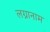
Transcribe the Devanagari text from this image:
लग्नानाम